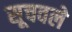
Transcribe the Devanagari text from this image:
सूचवले